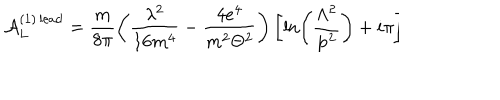
{ \cal A } _ { L } ^ { ( 1 ) \, \mathrm { l e a d } } = \frac m { 8 \pi } \left( \frac { \lambda ^ { 2 } } { 1 6 m ^ { 4 } } - \frac { 4 e ^ { 4 } } { m ^ { 2 } \Theta ^ { 2 } } \right) \left[ \ln \left( \frac { \Lambda ^ { 2 } } { { \bf p } ^ { 2 } } \right) + i \pi \right] \hspace { 0 . 3 c m } .